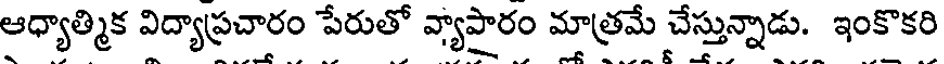
ఆధ్యాత్మిక విద్యాప్రచారం పేరుతో వ్యాపారం మాత్రమే చేస్తున్నాడు. ఇంకొకరి